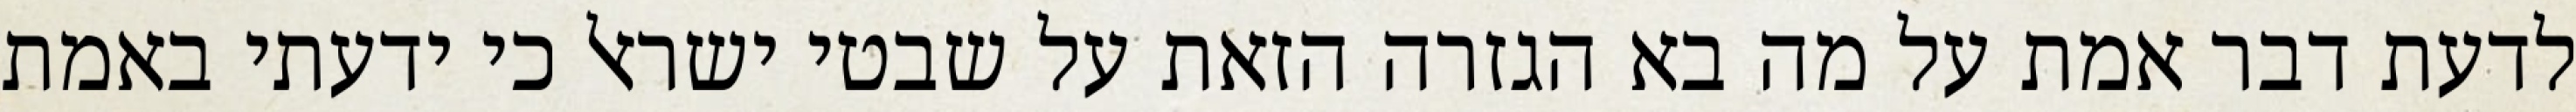
לדעת דבר אמת על מה בא הגזרה הזאת על שבטי ישראל כי ידעתי באמת